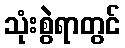
သုံးစွဲရာတွင်